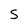
Character: S